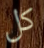
كل